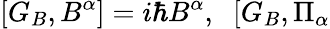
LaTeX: \lbrack G_{B},B^{\alpha}]=i\hbar B^{\alpha},\; \; [G_{B},\Pi_{\alpha}